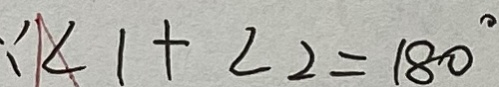
\because \angle 1 + \angle 2 = 1 8 0 ^ { \circ }